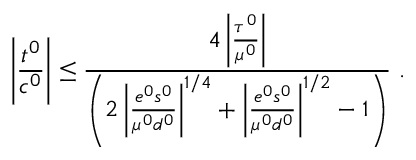
\left| { \frac { t ^ { 0 } } { c ^ { 0 } } } \right| \le { \frac { 4 \left| { \frac { \tau ^ { 0 } } { \mu ^ { 0 } } } \right| } { \left( 2 \left| { \frac { e ^ { 0 } s ^ { 0 } } { \mu ^ { 0 } d ^ { 0 } } } \right| ^ { 1 / 4 } + \left| { \frac { e ^ { 0 } s ^ { 0 } } { \mu ^ { 0 } d ^ { 0 } } } \right| ^ { 1 / 2 } - 1 \right) } } ~ .